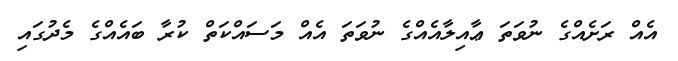
އެއް ރަށެއްގެ ނުވަތަ ޢާއިލާއެއްގެ ނުވަތަ އެއް މަސައްކަތް ކުރާ ބައެއްގެ މެދުގައި